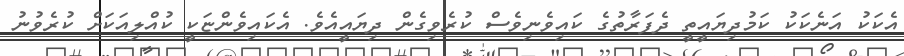
އެކަކު އަނެކަކު ކަމުދިޔައީތީ ދެފަރާތުގެ ކައިވެނިވެސް ކުރެވިގެން ދިޔައީއެވެ. އެކައިވެންޏަކީ ކުއްލިއަކަށް ކުރެވުނު